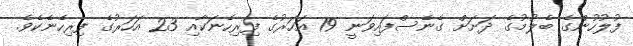
ފުލުހުންގެ ބެލުމުގެ ދަށަށް ގެނެސްފައިވަނީ 19 އަހަރުގެ ފިރިހެނަކާއި 23 އަހަރުގެ ފިރިހެނެކެވެ.